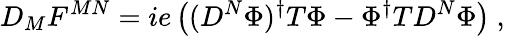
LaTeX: D_{M}F^{MN}=ie\left((D^{N}\Phi)^{\dagger}T\Phi-\Phi^{\dagger}TD^{N}\Phi\right)~,